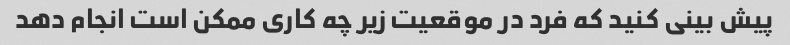
پیش بینی کنید که فرد در موقعیت زیر چه کاری ممکن است انجام دهد